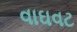
વાઘવટ